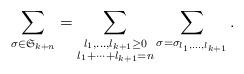
LaTeX: \begin{align*}\sum_{\sigma\in\mathfrak{S}_{k+n}}=\sum_{\substack{l_1,\dots,l_{k+1}\ge 0\\l_1+\dots + l_{k+1}=n}}\sum_{\sigma=\sigma_{l_1,\dots,l_{k+1}}}.\end{align*}